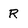
Character: R